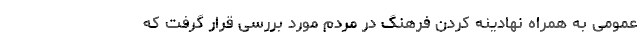
عمومی به همراه نهادینه کردن فرهنگ در مردم مورد بررسی قرار گرفت که